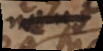
_